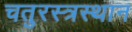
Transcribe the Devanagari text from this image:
चतुरस्त्रस्थान